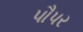
પૌપર